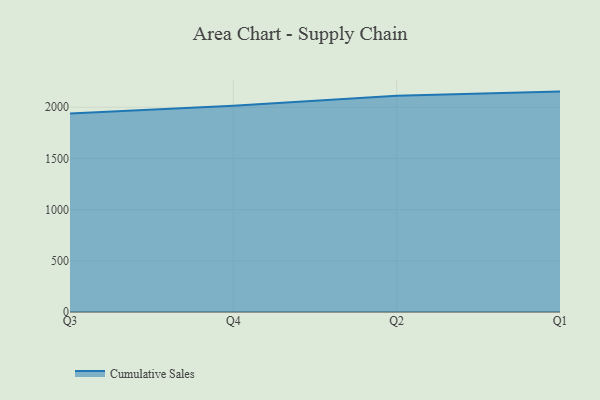
{"axis": {"x": "Quarter", "y": "Latency (ms)"}, "legend": ["Cumulative Sales"], "data": [{"x": "Q3", "y": 1939.9, "type": "Cumulative Sales"}, {"x": "Q4", "y": 2014.1, "type": "Cumulative Sales"}, {"x": "Q2", "y": 2111.3, "type": "Cumulative Sales"}, {"x": "Q1", "y": 2152.8, "type": "Cumulative Sales"}]}